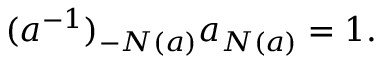
( a ^ { - 1 } ) _ { - N ( a ) } a _ { N ( a ) } = 1 .